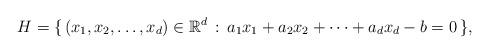
LaTeX: \begin{align*}H=\{ \, (x_1,x_2,\ldots, x_d) \in \mathbb{R}^{d} \, : \, a_1x_1+a_2x_2+\cdots+a_dx_d-b=0 \, \},\end{align*}